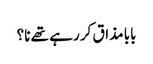
بابا مذاق کر رہے تھے نا؟